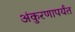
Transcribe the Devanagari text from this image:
अंकुरणापर्यंत